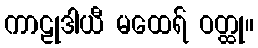
ကာဠုဒါယီ မထေရ် ဝတ္ထု။